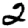
Digit: 2